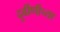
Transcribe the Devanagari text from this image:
दुर्बीणीच्या